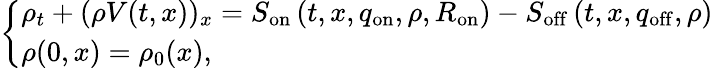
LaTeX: \begin{array}{r}{\left\{ \begin{array}{lcc}{\rho_{t}+(\rho V(t,x))_{x}=S_{\mathrm{on}}\left(t,x,q_{\mathrm{on}},\rho,R_{\mathrm{on}}\right)-S_{\mathrm{off}}\left(t,x,q_{\mathrm{off}},\rho\right)}\\ {\rho(0,x)=\rho_{0}(x),}\end{array}\right.}\end{array}